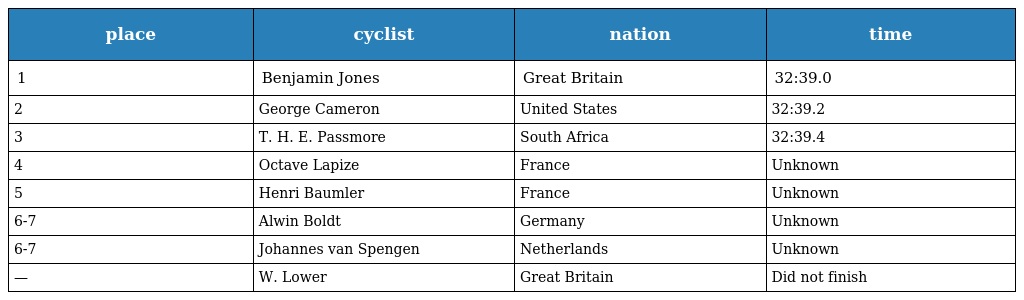
| place | cyclist | nation | time |
 | --- | --- | --- | --- |
 | 1 | Benjamin Jones | Great Britain | 32:39.0 |
 | 2 | George Cameron | United States | 32:39.2 |
 | 3 | T. H. E. Passmore | South Africa | 32:39.4 |
 | 4 | Octave Lapize | France | Unknown |
 | 5 | Henri Baumler | France | Unknown |
 | 6-7 | Alwin Boldt | Germany | Unknown |
 | 6-7 | Johannes van Spengen | Netherlands | Unknown |
 | — | W. Lower | Great Britain | Did not finish |